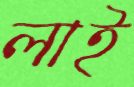
লাই